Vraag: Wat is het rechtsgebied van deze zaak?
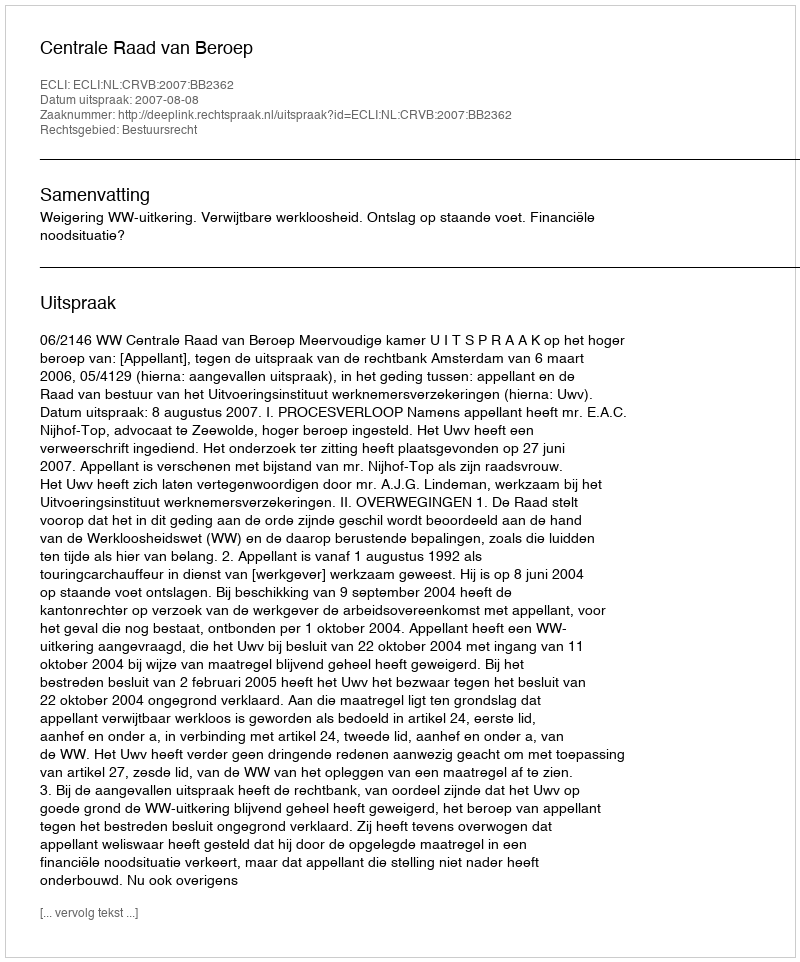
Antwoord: Bestuursrecht